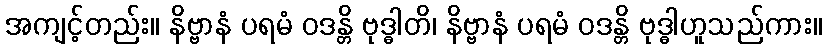
အကျင့်တည်း။ နိဗ္ဗာနံ ပရမံ ဝဒန္တိ ဗုဒ္ဓါတိ၊ နိဗ္ဗာနံ ပရမံ ဝဒန္တိ ဗုဒ္ဓါဟူသည်ကား။